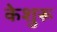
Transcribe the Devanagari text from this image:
केशुरू